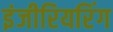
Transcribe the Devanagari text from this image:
इंजीरियरिंग